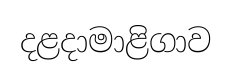
දළදාමාළිගාව